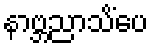
နာဗ္ဘညာသိံပေ